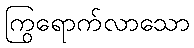
ကြွရောက်လာသော